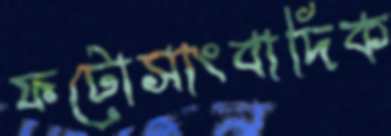
ফটোসাংবাদিক